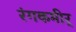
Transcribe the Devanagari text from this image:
रंगकमीर्